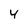
Character: 4